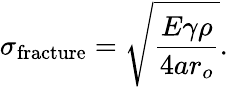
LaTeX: \sigma_{\mathrm{fracture}}={\sqrt{\frac{E\gamma\rho}{4ar_{o}}}}.